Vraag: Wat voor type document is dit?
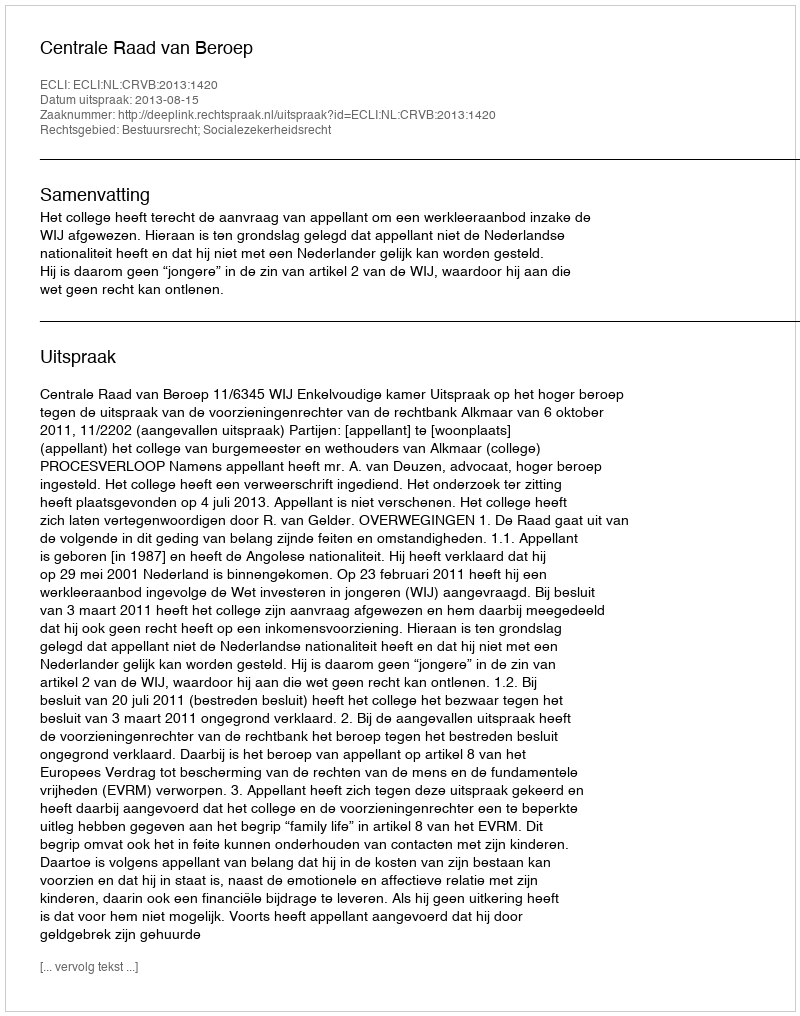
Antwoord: Uitspraak